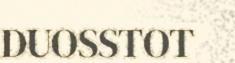
DUOSSTOT